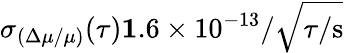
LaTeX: \sigma_{(\Delta\mu/\mu)}(\tau)\le 1.6\times 10^{-13}/\sqrt{\tau/\mathrm{s}}